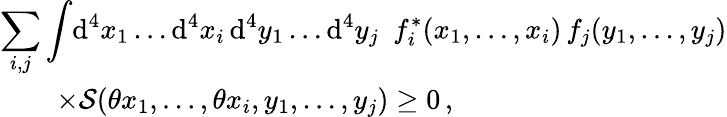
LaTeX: \begin{array}{l}{{\displaystyle\sum_{i,j}\int\! \mathrm{d}^{4}x_{1}\dots\mathrm{d}^{4}x_{i}\, \mathrm{d}^{4}y_{1}\dots\mathrm{d}^{4}y_{j}\enspace f_{i}^{\ast}(x_{1},\dots,x_{i})\, f_{j}(y_{1},\dots,y_{j})}}\\ {{\qquad\times{\cal S}(\theta x_{1},\dots,\theta x_{i},y_{1},\dots,y_{j})\ge 0\, ,}}\end{array}